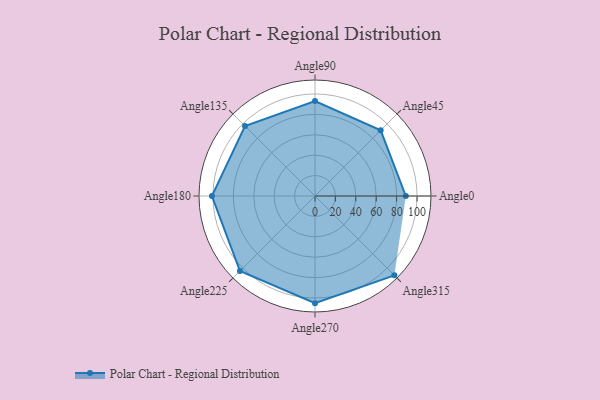
{"axis": {"x": "Angle", "y": "Radius"}, "legend": [""], "data": [{"x": "Angle0", "y": 89.0, "type": ""}, {"x": "Angle45", "y": 91.0, "type": ""}, {"x": "Angle90", "y": 93.0, "type": ""}, {"x": "Angle135", "y": 97.0, "type": ""}, {"x": "Angle180", "y": 101.0, "type": ""}, {"x": "Angle225", "y": 104.0, "type": ""}, {"x": "Angle270", "y": 105.0, "type": ""}, {"x": "Angle315", "y": 110.0, "type": ""}]}